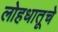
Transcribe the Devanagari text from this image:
लोहधातूचे